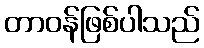
တာဝန်ဖြစ်ပါသည်